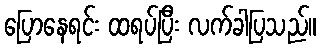
ပြောနေရင်း ထရပ်ပြီး လက်ခါပြသည်။